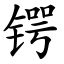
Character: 锷